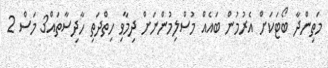
މަތިންދާ ބޯޓަކަށް އެރުމުން ބައެއް މުސްލިމުންނަށް ދިމާވި ހިތްދަތި ހާދިސާތައް3 މަސް 2